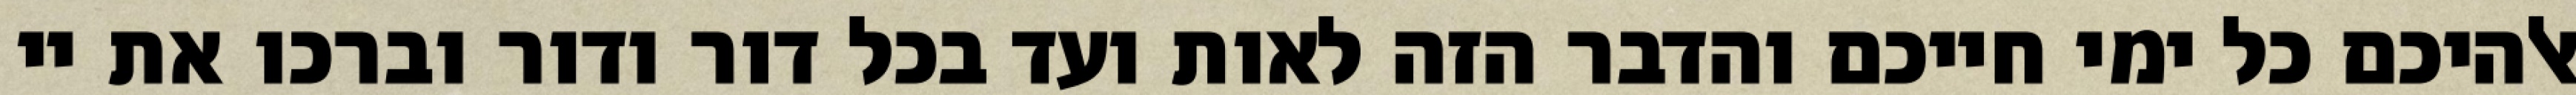
אלהיכם כל ימי חייכם והדבר הזה לאות ועד בכל דור ודור וברכו את יי